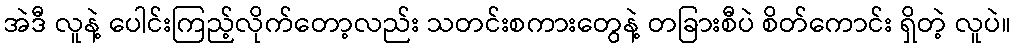
အဲဒီ လူနဲ့ ပေါင်းကြည့်လိုက်တော့လည်း သတင်းစကားတွေနဲ့ တခြားစီပဲ စိတ်ကောင်း ရှိတဲ့ လူပဲ။